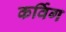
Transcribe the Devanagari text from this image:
कर्विग